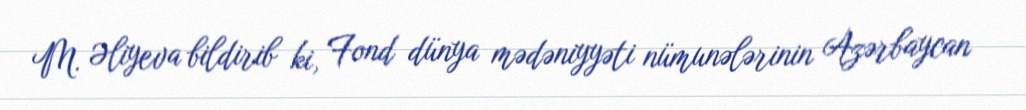
M. Əliyeva bildirib ki, Fond dünya mədəniyyəti nümunələrinin Azərbaycan